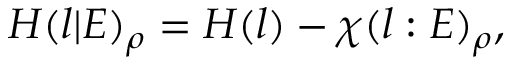
H ( l | E ) _ { \rho } = H ( l ) - \chi ( l : E ) _ { \rho } ,